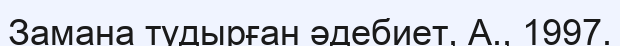
Замана тудырған әдебиет, А., 1997.